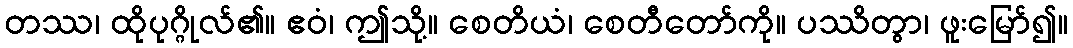
တဿ၊ ထိုပုဂ္ဂိုလ်၏။ ဧဝံ၊ ဤသို့။ စေတိယံ၊ စေတီတော်ကို။ ပဿိတွာ၊ ဖူးမြော်၍။